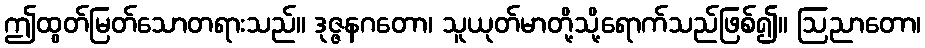
ဤထွတ်မြတ်သောတရားသည်။ ဒုဇ္ဇနဂတော၊ သူယုတ်မာတို့သို့ရောက်သည်ဖြစ်၍။ ဩညာတော၊